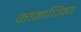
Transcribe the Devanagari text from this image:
कामाधिक्य